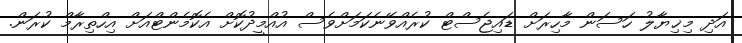
އަދި މިޚިޔާލު ހަސަން މާހިރަށް ޑައިޖެސްޓް ކުރެއްވޭނެކަމަށްވެސް އުއްމީދުކޮށް އެކޮމެންޓްއަށް އިހްތިރާމް ކުރަން.